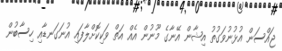
ޖައްސަން އުޅުނުވަގުތު އިޝާން އޭނާގެ މޫނުން އެއް އަތް ވަކިކޮށްލާފައި އުނަގަނޑާއި ހިސާބުން